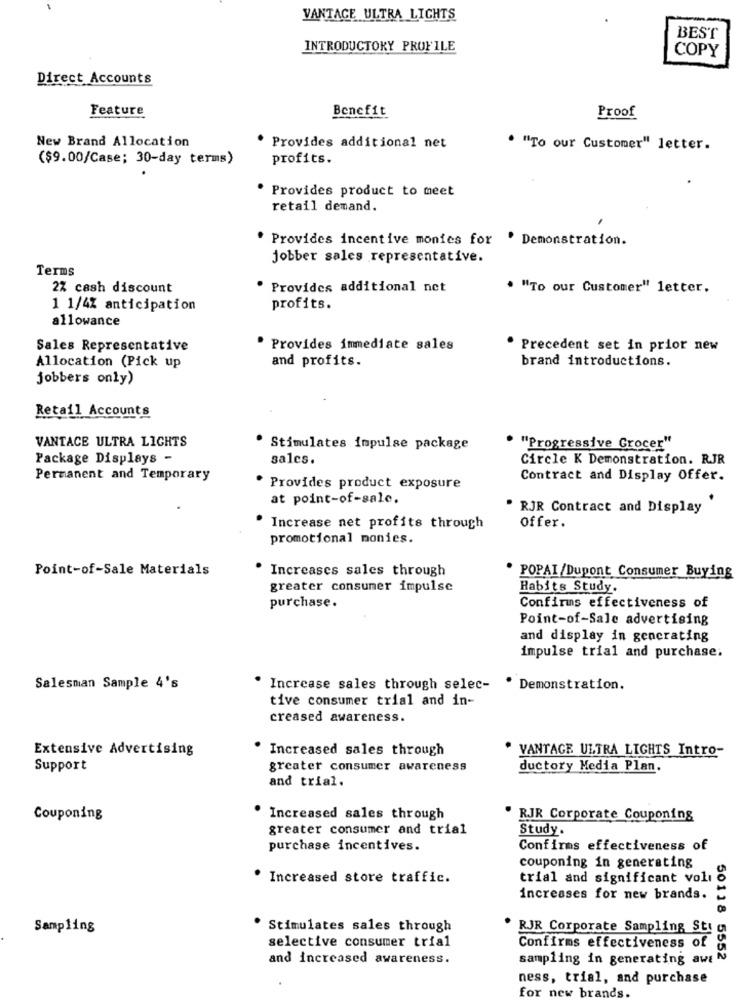
VANTAGE ULTRA LIGHTS
BEST
INTRODUCTORY PROFILE
COPY
Direct Accounts
Feature
Benefit
Proof
New Brand Allocation
Provides additional net
. "To our Customer" letter.
($9.00/Case; 30-day terms)
profits.
Provides product to meet
retail demand.
. Provides incentive monies for . Demonstration.
jobber sales representative.
Terms
2% cash discount
Provides additional net
. "To our Customer" letter.
1 1/4% anticipation
profits.
allowance
Sales Representative
· Provides immediate sales
Precedent set in prior new
and profits.
brand introductions.
Allocation (Pick up
jobbers only)
Retail Accounts
VANTACE ULTRA LIGHTS
Stimulates impulse package
"Progressive Grocer"
Package Displays -
sales.
Circle K Demonstration. RJR
Permanent and Temporary
Contract and Display Offer.
· Provides product exposure
at point-of-sale.
. RJR Contract and Display
Increase net profits through
offer.
promotional monies.
Point-of-Sale Materials
Increases sales through
POPAI/Dupont Consumer Buying
greater consumer impulse
Habits Study.
purchase.
Confirms effectiveness of
Point-of-Sale advertising
and display in generating
impulse trial and purchase;
Salesman Sample 4's
Increase sales through selec-
Demonstration.
tive consumer trial and in-
creased awareness.
Extensive Advertising
· Increased sales through
VANTAGE ULTRA LIGHTS Intro-
Support
greater consumer awareness
ductory Media Plan.
and trial.
Couponing
· Increased sales through
RJR Corporate Couponing
greater consumer and trial
Study.
purchase incentives.
Confirms effectiveness of
couponing in generating
· Increased store traffic.
trial and significant voli
increases for new brands.
Sampling
Stimulates sales through
RJR Corporate Sampling St!
selective consumer trial
Confirms effectiveness of
and increased awareness.
sampling in generating aw:"
50118 5552
ness, trial, and purchase
for new brands